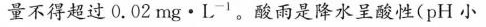
量不得超过0.02mg·L-1。酸雨是降水呈酸性(pH小